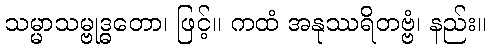
သမ္မာသမ္ဗုဒ္ဓတော၊ ဖြင့်။ ကထံ အနုဿရိတဗ္ဗံ၊ နည်း။